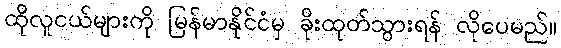
ထိုလူငယ်များကို မြန်မာနိုင်ငံမှ ခိုးထုတ်သွားရန် လိုပေမည်။